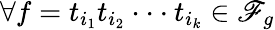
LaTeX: {\forall f=t_{i_{1}}t_{i_{2}}\cdot\cdot\cdot t_{i_{k}}\in\mathscr{F}_{g}}